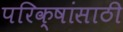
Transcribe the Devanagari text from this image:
परिक्षांसाठी